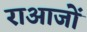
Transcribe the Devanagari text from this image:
राआजों